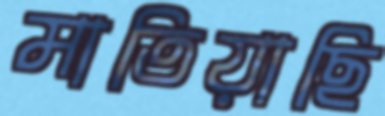
মাতিয়াছি